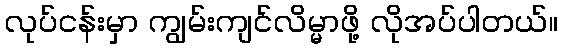
လုပ်ငန်းမှာ ကျွမ်းကျင်လိမ္မာဖို့ လိုအပ်ပါတယ်။